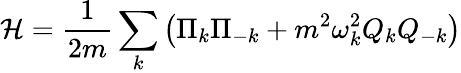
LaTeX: {\mathcal{H}}={\frac{1}{2m}}\sum_{k}\left(\Pi_{k}\Pi_{-k}+m^{2}\omega_{k}^{2}Q_{k}Q_{-k}\right)